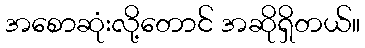
အစောဆုံးလို့တောင် အဆိုရှိတယ်။